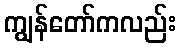
ကျွန်တော်ကလည်း